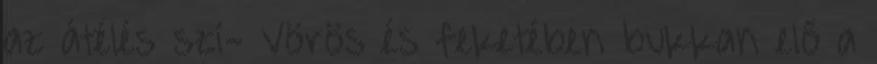
az átélés szí- Vörös és feketében bukkan elő a